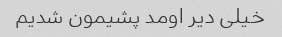
خیلی دیر اومد پشیمون شدیم